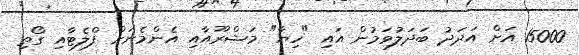
15000 އަށް އަދަދު ބަދަލުވަމުން އައި "ހިޔާ" މަޝްރޫއާއި އެންމެނަށް ފްލެޓާއި ގޯތި